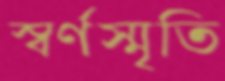
স্বর্ণস্মৃতি